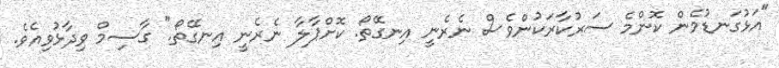
"އަޅުގަނޑުމެން ކޮންމެ ސަރުކާރަކުންވެސް ނެރެނީ އިނގޭތޯ. ކޮށްޕާލާ ނެރެނީ އިނގޭތޯ." ގާސިމް ވިދާޅުވިއެވެ.